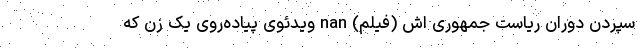
سپردن دوران ریاست جمهوری اش (فیلم) nan ویدئوی پیاده‌روی یک زن که